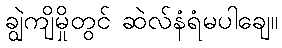
ချွဲကျိမှိုတွင် ဆဲလ်နံရံမပါချေ။